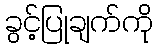
ခွင့်ပြုချက်ကို